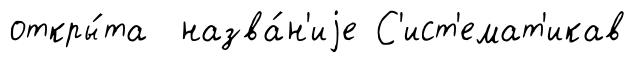
откры́та назва́н'иjе С'ист'емат'икав